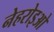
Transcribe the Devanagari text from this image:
नेहरोइओ